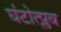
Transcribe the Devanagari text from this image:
घंटोत्प्लव